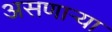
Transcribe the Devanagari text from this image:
असणार्‍या